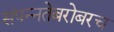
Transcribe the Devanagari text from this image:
संपन्नतेबरोबरच